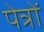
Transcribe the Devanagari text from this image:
पेत्रों